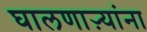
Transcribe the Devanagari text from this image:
घालणाऱ्यांना